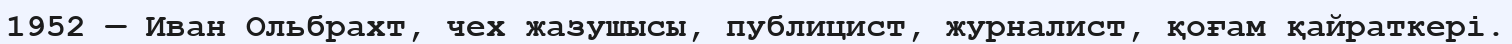
1952 — Иван Ольбрахт, чех жазушысы, публицист, журналист, қоғам қайраткері.